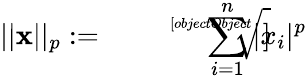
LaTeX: ||{\textbf{x}}||_{p}:={\sqrt[[objectObject]]{\sum_{i=1}^{n}|x_{i}|^{p}}}